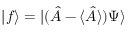
| f \rangle = | ( { \hat { A } } - \langle { \hat { A } } \rangle ) \Psi \rangle